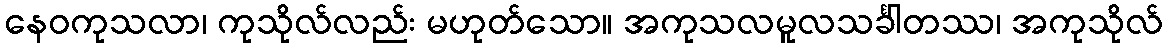
နေဝကုသလာ၊ ကုသိုလ်လည်း မဟုတ်သော။ အကုသလမူလသင်္ခါတဿ၊ အကုသိုလ်